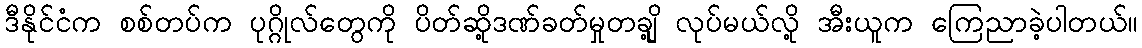
ဒီနိုင်ငံက စစ်တပ်က ပုဂ္ဂိုလ်တွေကို ပိတ်ဆို့ဒဏ်ခတ်မှုတချို့ လုပ်မယ်လို့ အီးယူက ကြေညာခဲ့ပါတယ်။